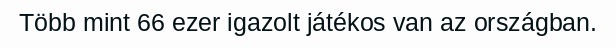
Több mint 66 ezer igazolt játékos van az országban.